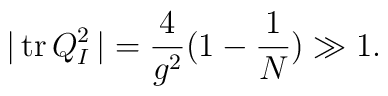
\vert\,{\rm tr}\,Q^2_I\,\vert=\frac{4}{g^2}(1-\frac{1}{N})\gg 1.